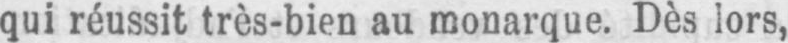
qui réussit très-bien au monarque. Dès lors,